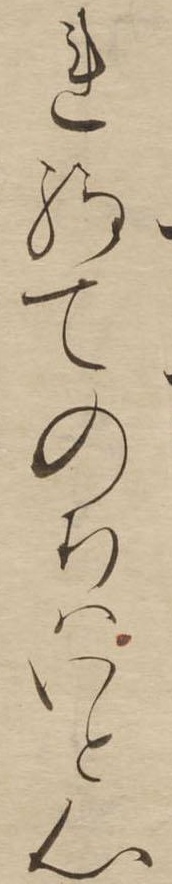
れ給てのちはいと心